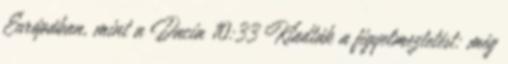
Európában, mint a Dacia 10:33 Kiadták a figyelmeztetést: még